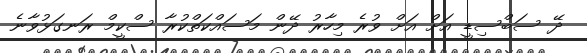
ދޭ ސަބްސިޑީ އަށް އަށް ވުރެ މިހާރު ދޭން މަސައްކަތްކުރާ ސްކީމް ރަނގަޅުވާނެ